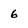
Character: 6